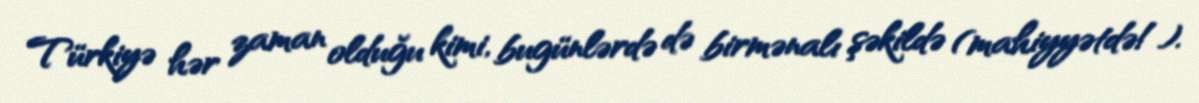
Türkiyə hər zaman olduğu kimi, bugünlərdə də birmənalı şəkildə (mahiyyətdə!).